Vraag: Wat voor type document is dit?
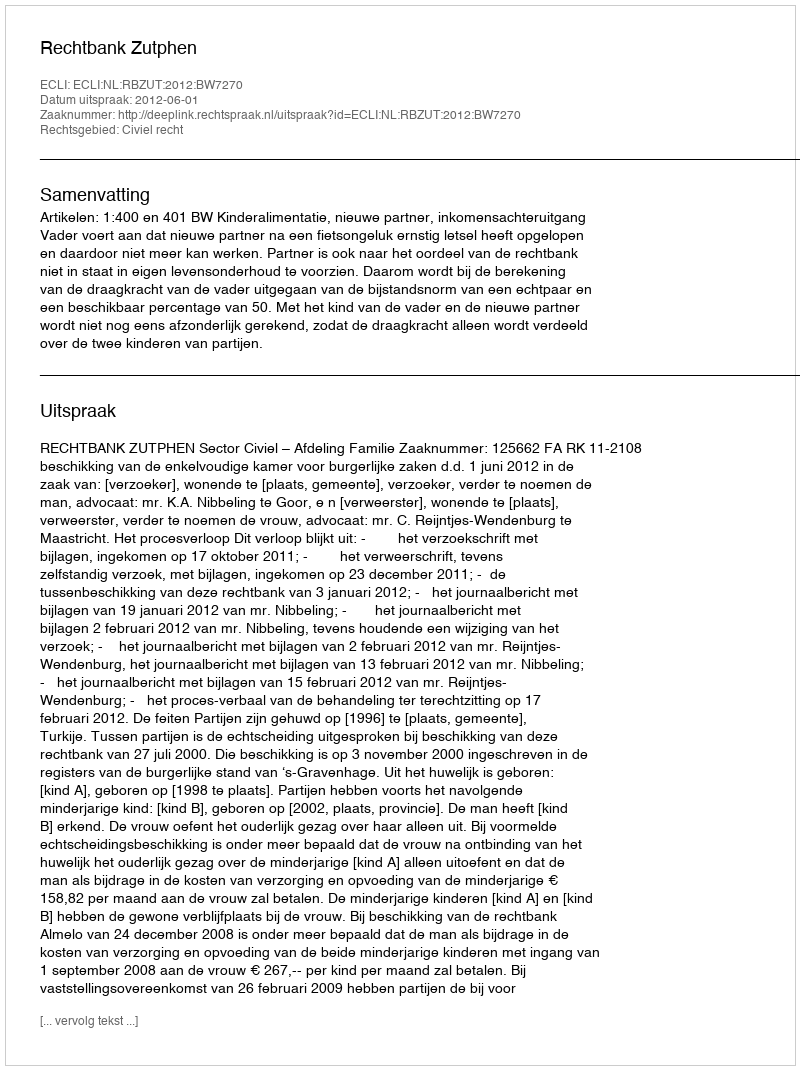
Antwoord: Uitspraak